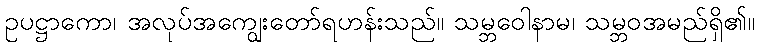
ဥပဋ္ဌာကော၊ အလုပ်အကျွေးတော်ရဟန်းသည်။ သမ္ဘဝေါနာမ၊ သမ္ဘဝအမည်ရှိ၏။